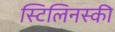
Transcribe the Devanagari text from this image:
स्टिलिनस्की